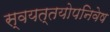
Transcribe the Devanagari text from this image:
स्वयत्तयोपनिवेष